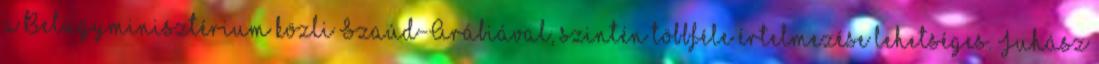
a Belügyminisztérium közli Szaúd-Arábiával, szintén többféle értelmezése lehetséges. Juhász